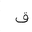
Letter: _qaf